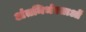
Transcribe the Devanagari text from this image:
अंतनिर्भरताओं